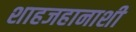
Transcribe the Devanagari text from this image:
शाहजहानाशी